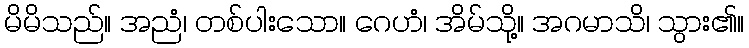
မိမိသည်။ အညံ၊ တစ်ပါးသော။ ဂေဟံ၊ အိမ်သို့။ အဂမာသိ၊ သွား၏။